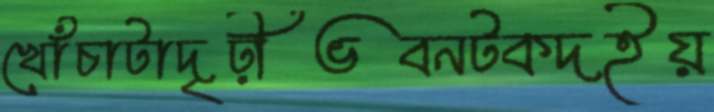
খোঁচাটাদৃঢ়ীভবনটকদইয়